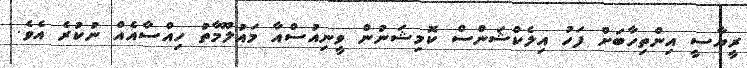
ރީޔާސީ އިންތިހާބަށް ފަހު އިލެކްޝަންސް ކޮމިޝަނުން ވީނިއުސްއާ މައުލޫމާތު ހިއްސާއެއް ނުކުރެ އެވެ.